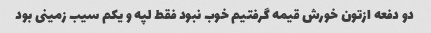
دو دفعه ازتون خورش قیمه گرفتیم خوب نبود فقط لپه و یکم سیب زمینی بود